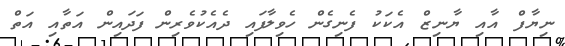
ނިޔާފް އާއި ޔާނިޒް އެކަކު ފެނިގެން ހެވިލާފައި ދެއެކުވެރިން ފަދައިން އަތާއި އަތް